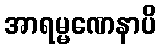
အာရမ္မဏေနာပိ